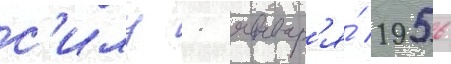
с'илу 1 январ'я́ 1956